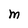
Character: M